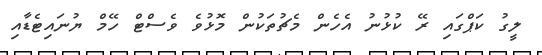
ލީގު ކަޕްގައި ރޭ ކުޅުނު އެހެން މެޗުތަކުން މޮޅުވެ ވެސްޓް ހޭމް ޔުނައިޓެޑާއި